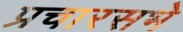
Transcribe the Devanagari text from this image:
प्रचारसभे